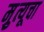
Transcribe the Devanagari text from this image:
मृुत्यूचा